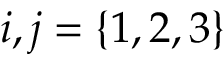
i , j = \{ 1 , 2 , 3 \}